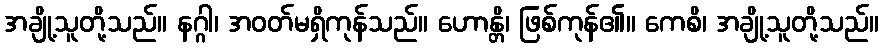
အချို့သူတို့သည်။ နဂ္ဂါ၊ အဝတ်မရှိကုန်သည်။ ဟောန္တိ၊ ဖြစ်ကုန်၏။ ကေစိ၊ အချို့သူတို့သည်။